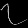
Digit: ၇